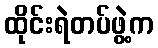
ထိုင်းရဲတပ်ဖွဲ့က